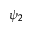
\psi _ { 2 }